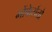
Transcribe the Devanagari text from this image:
मोंफेर्रातो